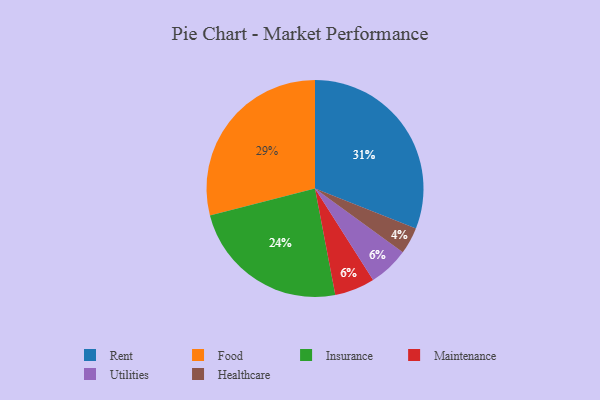
{"axis": {"x": "Category", "y": "Percentage"}, "legend": ["Food", "Healthcare", "Insurance", "Maintenance", "Rent", "Utilities"], "data": [{"x": "Food", "y": 29, "type": "Food"}, {"x": "Maintenance", "y": 6, "type": "Maintenance"}, {"x": "Utilities", "y": 6, "type": "Utilities"}, {"x": "Rent", "y": 31, "type": "Rent"}, {"x": "Healthcare", "y": 4, "type": "Healthcare"}, {"x": "Insurance", "y": 24, "type": "Insurance"}]}